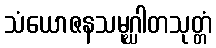
သံယောဇနသမုဂ္ဃါတသုတ္တံ